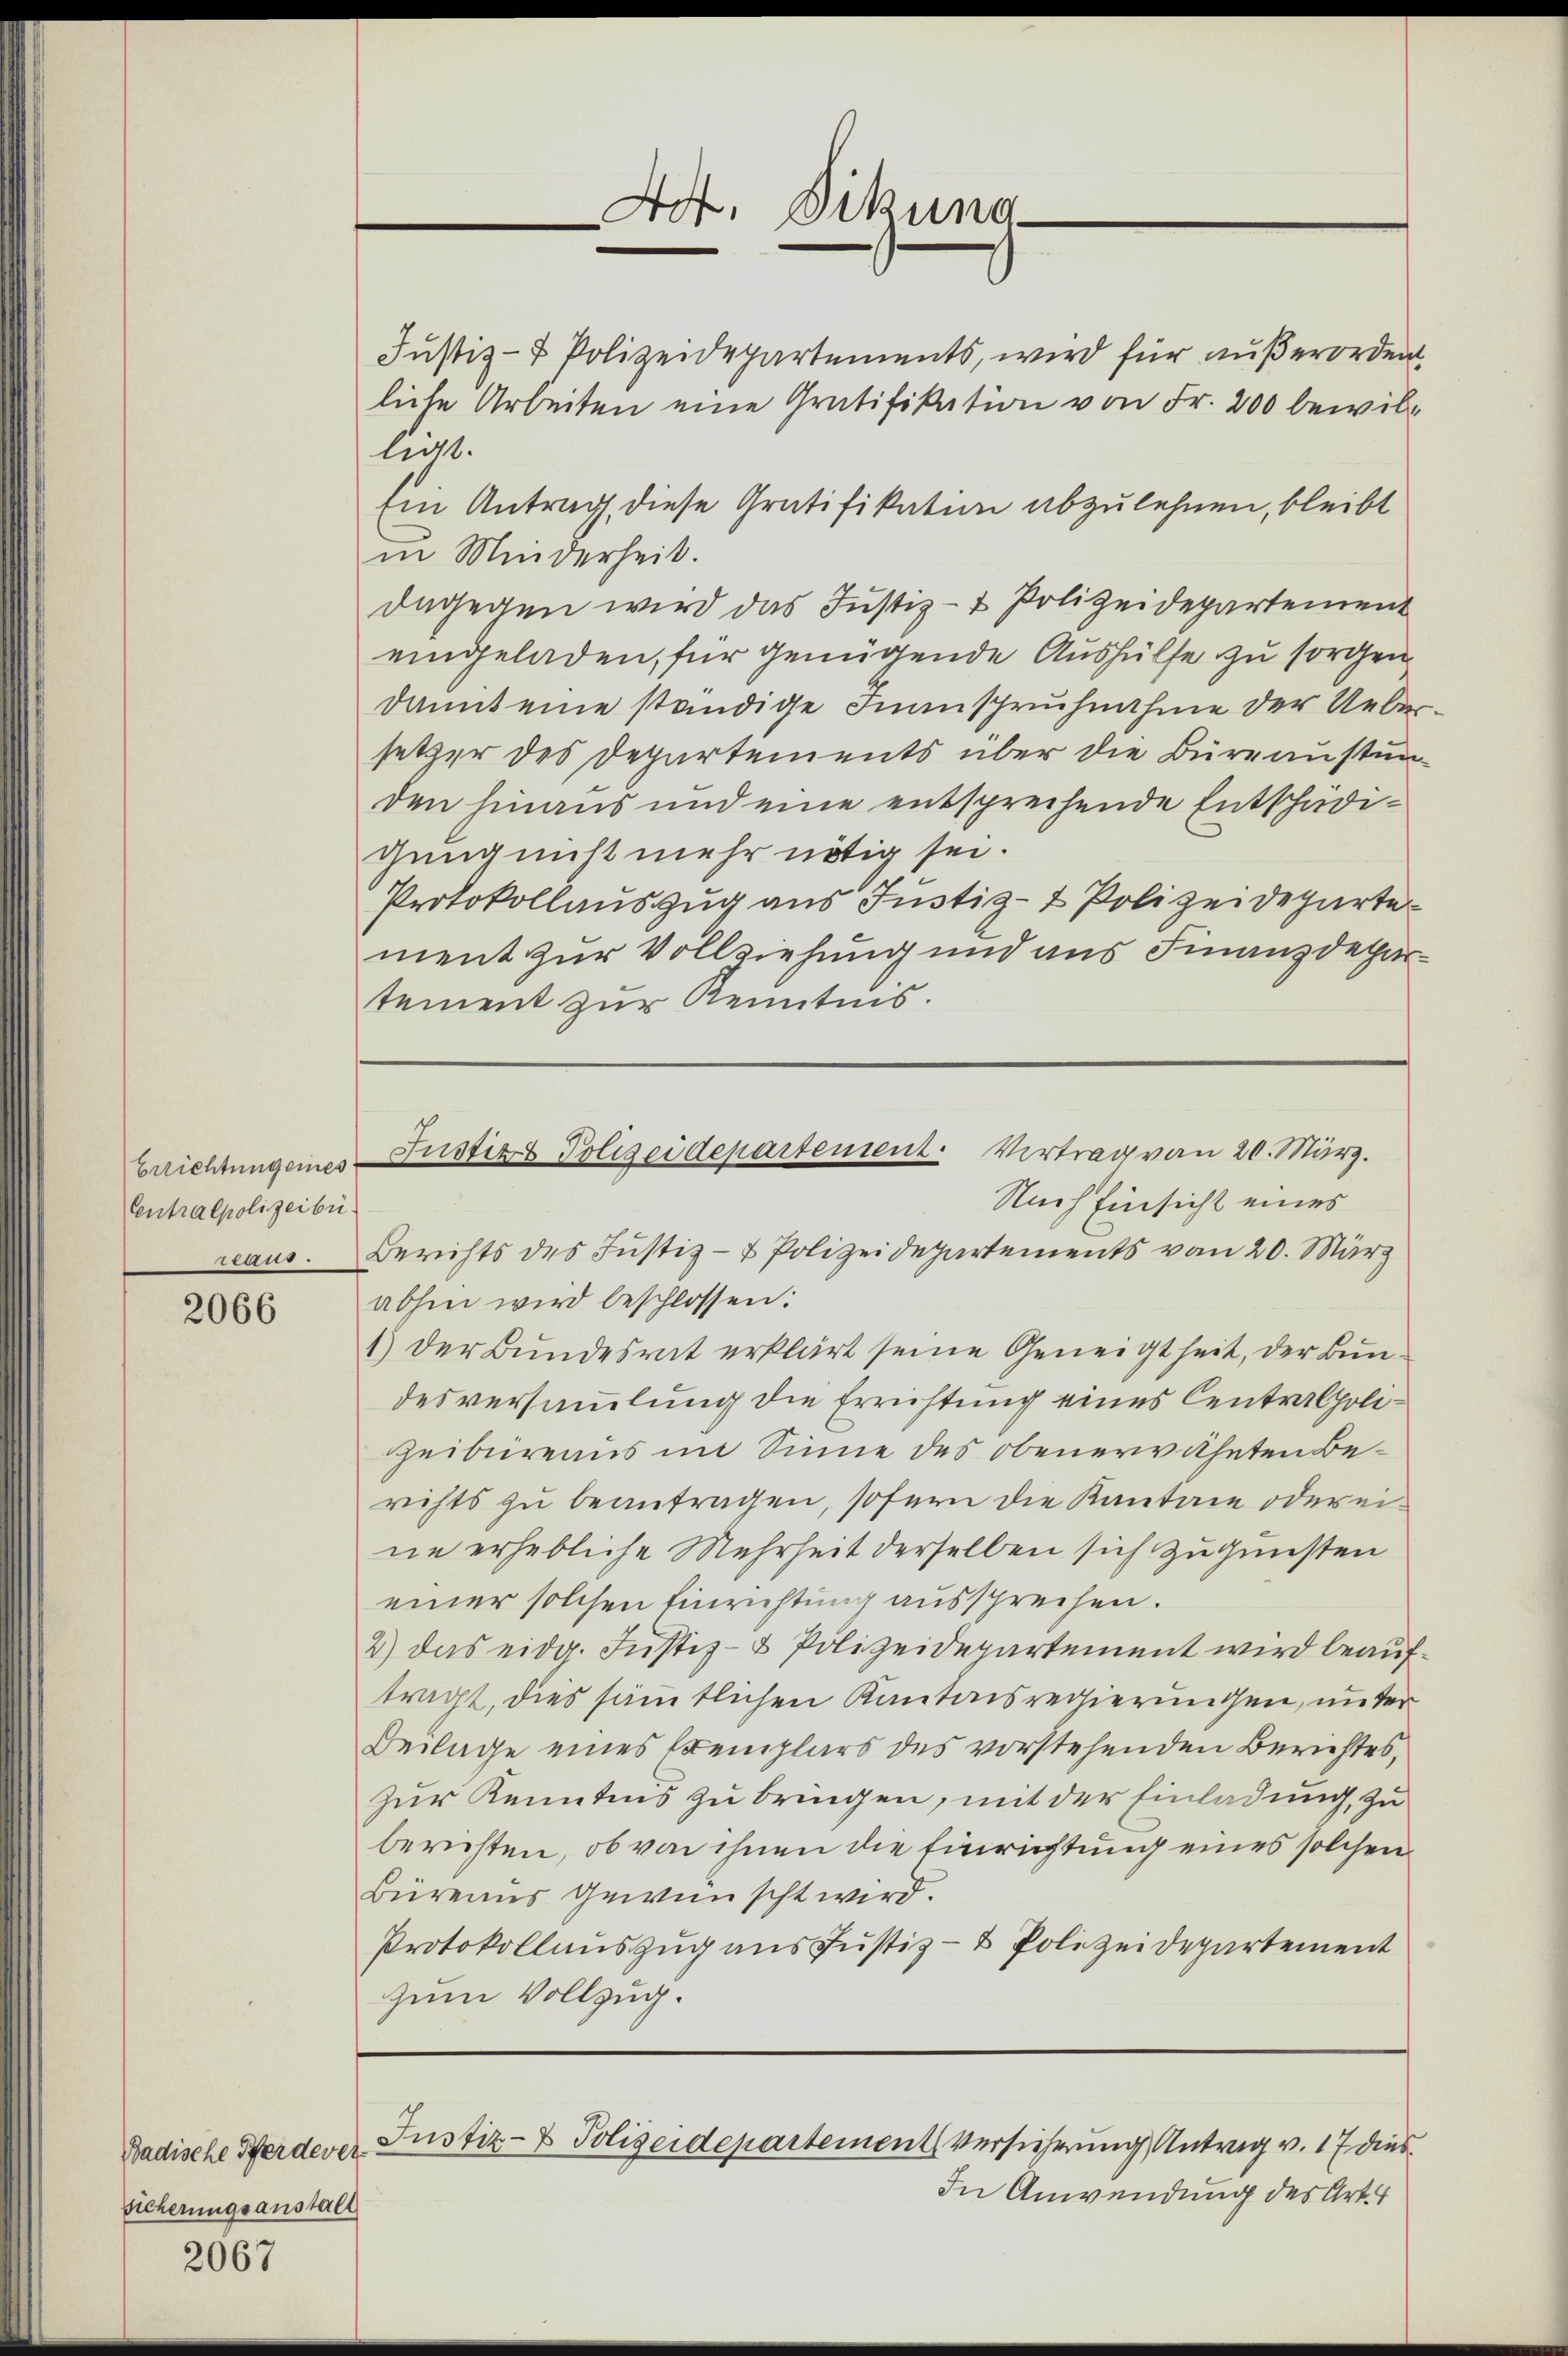
Centralpolizeibe

2066

Badische Pferdever
sicherungsanstalt

2067

Justiz- & Polizeidepartements, wird für außerorden.
liche Arbeiten eine Gratifikation von Fr. 200 bewilliegt.
Ein Antrag, diese Gratifikation abzulehnen, bleibt
in Minderheit.
dagegen wird das Justiz- & Polizeidepartement
eingeladen, für genügende Aushülfe zu sorgen
damit eine ständige Inanspruchnahme der Uebersetzer des Departements über die Büreaustunden hinaus und eine entsprechende Entschädigung nicht mehr nötig sei.
Protokollauszug aus Justiz- & Polizeideparte
ment zur Vollziehung und aus Finanzdepartement zur Kenntnis.

Laus. Berichts des Justiz- & Polizeidepartements vom 20. März
abhin wird beschlossen:
1) der Bundesrat erklärt seine Geneigtheit, der Bundesversammlung die Errichtung eines Centralpoli¬
Heibureaus im Sinne des obenerwähnten Berichts zu beantragen, sofern die Kantone oder eine erhebliche Mehrheit derselben sich zugunsten
einer solchen Einrichtung aussprechen.
2) das eidg. Justiz- & Polizeidepartement wird beauftragt, dies sämmtlichen Kantonsregierungen, unter
Beilage eines Exemplars des vorstehenden Berichtes,
zur Kenntnis zu bringen, mit der Einladung, zu
berichten, ob von ihnen die Einrichtung eines solchen
Büreaus gewünscht wird.
Protokollauszug aus Justiz- & Polizeidepartement
zum Vollzug.

Ad. Dikuna¬

brichtungenes Justiz & Polizeidepartement. Vertrag von 20. März.
Nach Einsicht eines

Justiz- & Polizeidepartement versicherung Antrag v. 17 dies

In Anwendung des Art. 4